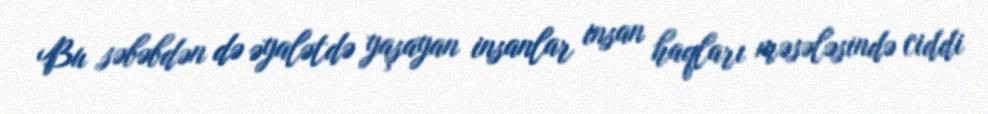
Bu səbəbdən də əyalətdə yaşayan insanlar insan haqları məsələsində ciddi